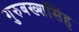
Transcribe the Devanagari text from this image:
गुरुबख्शसिंह